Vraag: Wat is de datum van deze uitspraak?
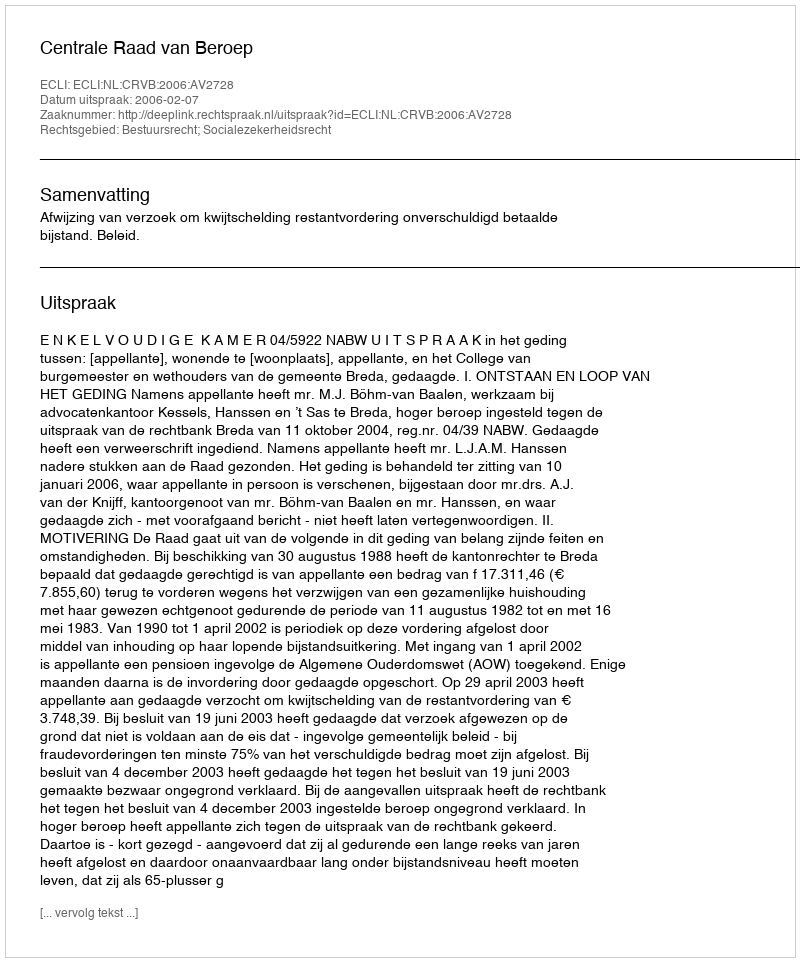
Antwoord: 2006-02-07